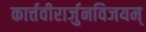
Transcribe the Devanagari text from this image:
कार्त्तवीरार्जुनविजयम्